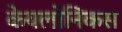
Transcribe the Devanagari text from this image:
केयलोनिकस